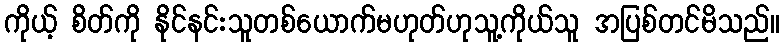
ကိုယ့် စိတ်ကို နိုင်နင်းသူတစ်ယောက်မဟုတ်ဟုသူ့ကိုယ်သူ အပြစ်တင်မိသည်။